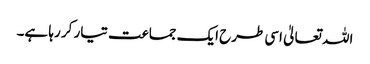
اللہ تعالیٰ اسی طرح ایک جماعت تیار کر رہا ہے۔